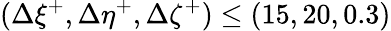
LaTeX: (\Delta\xi^{+},\Delta\eta^{+},\Delta\zeta^{+})\leq(15,20,0.3)